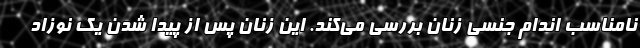
نامناسب اندام جنسی زنان بررسی می‌کند. این زنان پس از پیدا شدن یک نوزاد